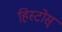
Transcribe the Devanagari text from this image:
हिस्टोस्‌